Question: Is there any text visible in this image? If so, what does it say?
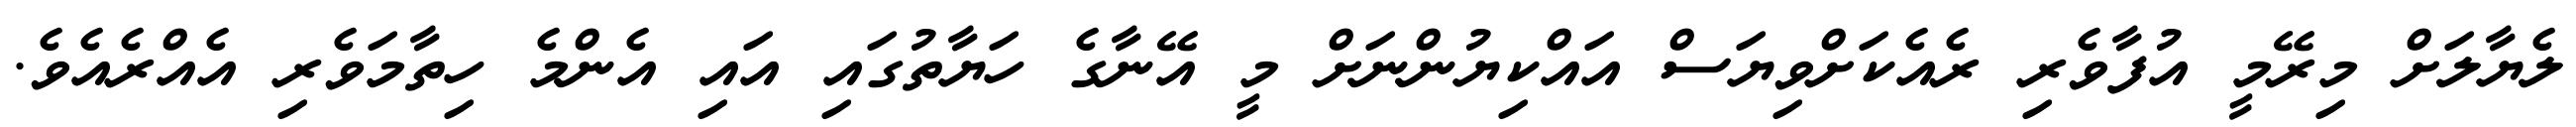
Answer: ލެޔާލަށް މިރޭމީ އުފާވެރި ރެއެކަށްވިޔަސް އައްކިޔުންނަށް މީ އޭނާގެ ހަޔާތުގައި އައި އެންމެ ހިތާމަވެރި އެއްރެއެވެ.